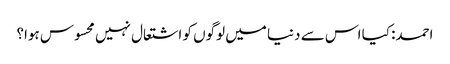
احمد: کیا اس سے دنیا میں لوگوں کو اشتعال نہیں محسوس ہوا؟